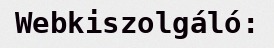
Webkiszolgáló: